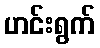
ဟင်းရွက်